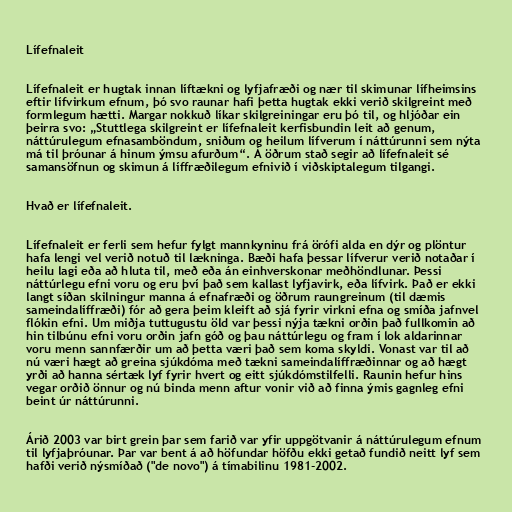
Lífefnaleit

Lífefnaleit er hugtak innan líftækni og lyfjafræði og nær til skimunar lífheimsins
eftir lífvirkum efnum, þó svo raunar hafi þetta hugtak ekki verið skilgreint með
formlegum hætti. Margar nokkuð líkar skilgreiningar eru þó til, og hljóðar ein
þeirra svo: „Stuttlega skilgreint er lífefnaleit kerfisbundin leit að genum,
náttúrulegum efnasamböndum, sniðum og heilum lífverum í náttúrunni sem nýta
má til þróunar á hinum ýmsu afurðum“. Á öðrum stað segir að lífefnaleit sé
samansöfnun og skimun á líffræðilegum efnivið í viðskiptalegum tilgangi.

Hvað er lífefnaleit.

Lífefnaleit er ferli sem hefur fylgt mannkyninu frá örófi alda en dýr og plöntur
hafa lengi vel verið notuð til lækninga. Bæði hafa þessar lífverur verið notaðar í
heilu lagi eða að hluta til, með eða án einhverskonar meðhöndlunar. Þessi
náttúrlegu efni voru og eru því það sem kallast lyfjavirk, eða lífvirk. Það er ekki
langt síðan skilningur manna á efnafræði og öðrum raungreinum (til dæmis
sameindalíffræði) fór að gera þeim kleift að sjá fyrir virkni efna og smíða jafnvel
flókin efni. Um miðja tuttugustu öld var þessi nýja tækni orðin það fullkomin að
hin tilbúnu efni voru orðin jafn góð og þau náttúrlegu og fram í lok aldarinnar
voru menn sannfærðir um að þetta væri það sem koma skyldi. Vonast var til að
nú væri hægt að greina sjúkdóma með tækni sameindalíffræðinnar og að hægt
yrði að hanna sértæk lyf fyrir hvert og eitt sjúkdómstilfelli. Raunin hefur hins
vegar orðið önnur og nú binda menn aftur vonir við að finna ýmis gagnleg efni
beint úr náttúrunni.

Árið 2003 var birt grein þar sem farið var yfir uppgötvanir á náttúrulegum efnum
til lyfjaþróunar. Þar var bent á að höfundar höfðu ekki getað fundið neitt lyf sem
hafði verið nýsmíðað ("de novo") á tímabilinu 1981-2002.